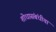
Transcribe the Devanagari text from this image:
शोधासंबंधीचा